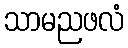
သာမညဖလံ